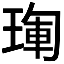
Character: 𤦳